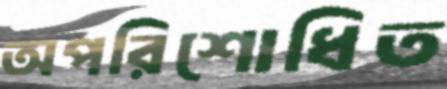
অপরিশোধিত